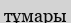
тұмары